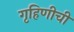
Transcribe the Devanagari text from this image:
गृहिणीची